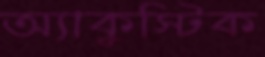
অ্যাকুস্টিক